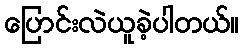
ပြောင်းလဲယူခဲ့ပါတယ်။